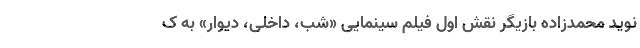
نوید محمدزاده بازیگر نقش اول فیلم سینمایی «شب، داخلی، دیوار» به ک